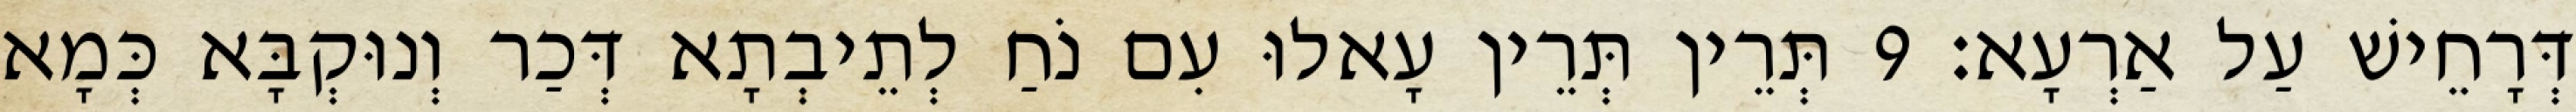
דְּרָחֵישׁ עַל אַרְעָא׃ 9 תְּרֵין תְּרֵין עָאלוּ עִם נֹחַ לְתֵיבְתָא דְּכַר וְנוּקְבָּא כְּמָא